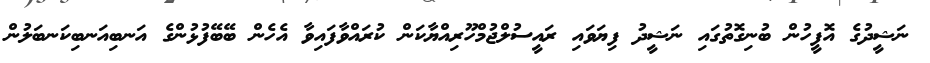
ނަޝީދުގެ އޮފީހުން ބުނިގޮތުގައި ނަޝީދު ފިޔަވައި ރައީސުލްޖުމްހޫރިއްޔާކަން ކުރައްވާފައިވާ އެހެން ބޭބޭފުޅުންގެ އަނބިއަނބިކަނބަލުން